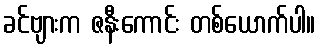
ခင်ဗျားက ဇနီးကောင်း တစ်ယောက်ပါ။